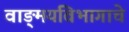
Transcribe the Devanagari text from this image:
वाङ्‌मयविभागाचे